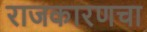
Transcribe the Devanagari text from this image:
राजकारणचा